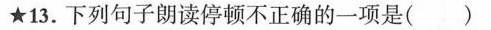
\star13.下列句子朗读停顿不正确的一项是（ ）